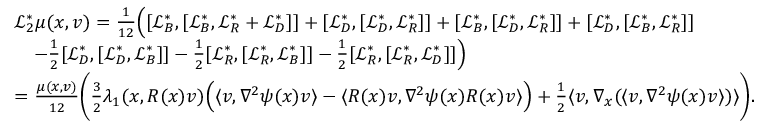
\begin{array} { r l } & { \mathcal { L } _ { 2 } ^ { * } \mu ( x , v ) = \frac { 1 } { 1 2 } \Big ( [ \mathcal { L } _ { B } ^ { * } , [ \mathcal { L } _ { B } ^ { * } , \mathcal { L } _ { R } ^ { * } + \mathcal { L } _ { D } ^ { * } ] ] + [ \mathcal { L } _ { D } ^ { * } , [ \mathcal { L } _ { D } ^ { * } , \mathcal { L } _ { R } ^ { * } ] ] + [ \mathcal { L } _ { B } ^ { * } , [ \mathcal { L } _ { D } ^ { * } , \mathcal { L } _ { R } ^ { * } ] ] + [ \mathcal { L } _ { D } ^ { * } , [ \mathcal { L } _ { B } ^ { * } , \mathcal { L } _ { R } ^ { * } ] ] } \\ & { \quad - \frac { 1 } { 2 } [ \mathcal { L } _ { D } ^ { * } , [ \mathcal { L } _ { D } ^ { * } , \mathcal { L } _ { B } ^ { * } ] ] - \frac { 1 } { 2 } [ \mathcal { L } _ { R } ^ { * } , [ \mathcal { L } _ { R } ^ { * } , \mathcal { L } _ { B } ^ { * } ] ] - \frac { 1 } { 2 } [ \mathcal { L } _ { R } ^ { * } , [ \mathcal { L } _ { R } ^ { * } , \mathcal { L } _ { D } ^ { * } ] ] \Big ) } \\ & { = \frac { \mu ( x , v ) } { 1 2 } \Bigg ( \frac { 3 } { 2 } \lambda _ { 1 } ( x , R ( x ) v ) \Big ( \langle v , \nabla ^ { 2 } \psi ( x ) v \rangle - \langle R ( x ) v , \nabla ^ { 2 } \psi ( x ) R ( x ) v \rangle \Big ) + \frac { 1 } { 2 } \langle v , \nabla _ { x } ( \langle v , \nabla ^ { 2 } \psi ( x ) v \rangle ) \rangle \Bigg ) . } \end{array}